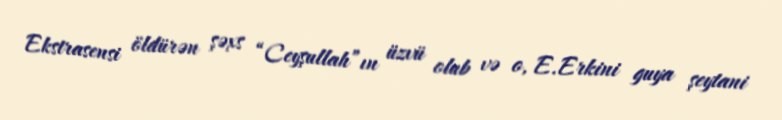
Ekstrasensi öldürən şəxs “Ceyşullah”ın üzvü olub və o, E.Erkini guya şeytani